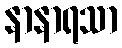
နာနာရသာ